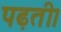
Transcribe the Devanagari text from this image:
पढ़ती।